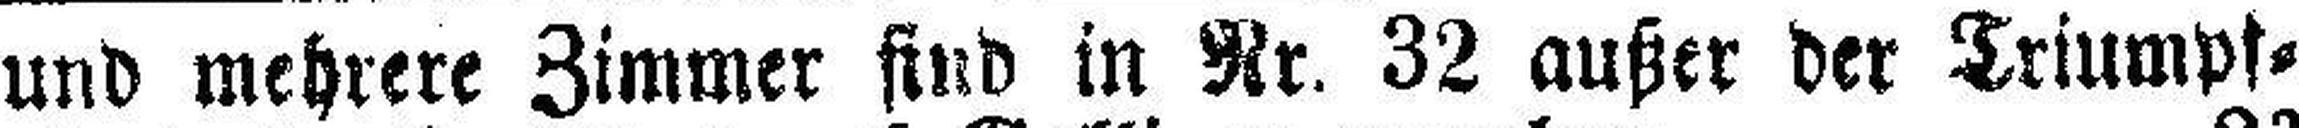
und mehrere Zimmer sind in Nr. 32 außer der Triumps¬